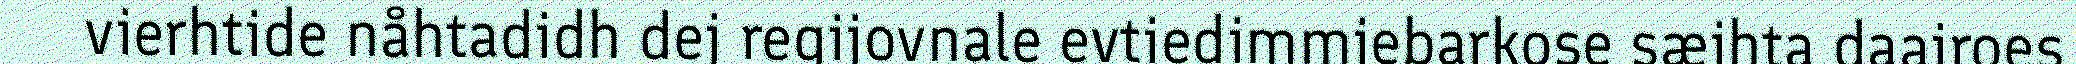
vierhtide nåhtadidh dej regijovnale evtiedimmiebarkose sæjhta daajroes